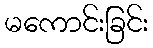
မကောင်းခြင်း